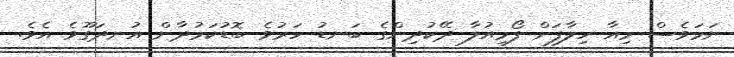
ނަމަވެސް މިއާ ހިލާފަށް ފޯމިއުލާ ދޭކުދިންގެ ބަނޑު ހަރުވެ ބޮޑުކަމުދާން އުނދަގޫވެ އެވެ.